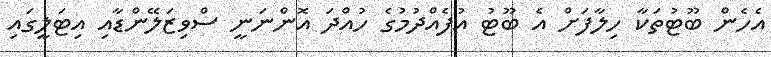
އެހެން ބޫޓުތަކާ ހިލާފަށް އެ ބޫޓު އުފެއްދުމުގެ ހުއްދަ އޮންނަނީ ސްވިޒަލޭންޑާއި އިޓަލީގައި